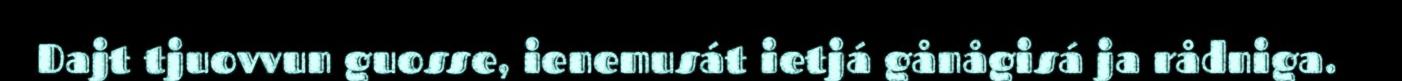
Dajt tjuovvun guosse, ienemusát ietjá gånågisá ja rådniga.